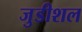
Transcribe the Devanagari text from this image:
जुडीशल